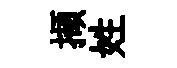
擷姓